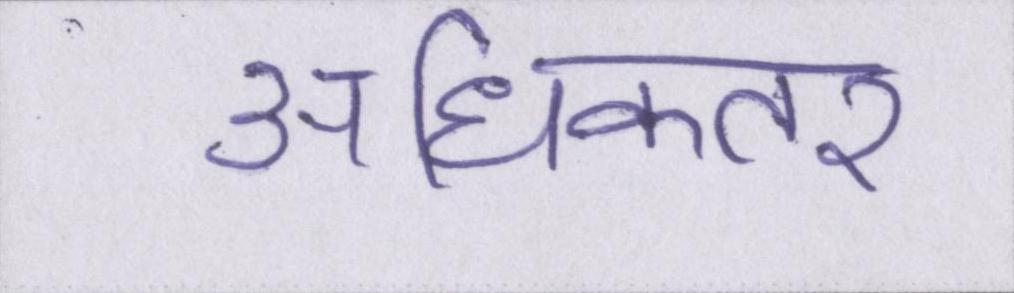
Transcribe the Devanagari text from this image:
अधिकतर